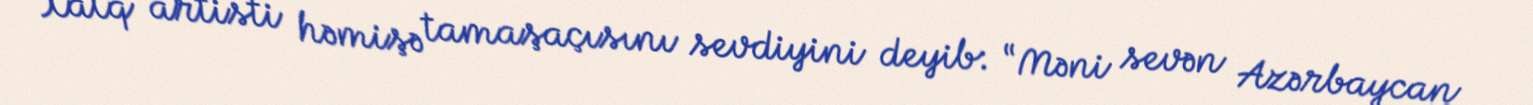
Xalq artisti həmişə tamaşaçısını sevdiyini deyib: “Məni sevən Azərbaycan